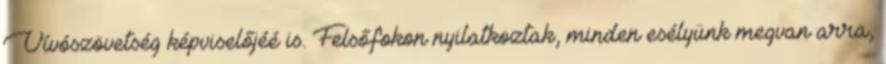
Vívószövetség képviselőjéé is. Felsőfokon nyilatkoztak, minden esélyünk megvan arra,